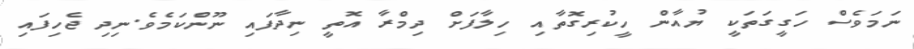
ނަމަވެސް ހަގީގަތަކީ ޔުއާން ހީކުރިގޮތާއި ހިލާފަށް ދިމްރާ އޮތީ ނިދާފައި ނޫންކަމެވެ.ނިދި ޖެހިފައި